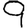
Digit: 9